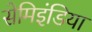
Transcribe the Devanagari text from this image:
सेमिइंडिया